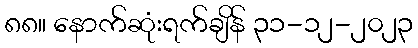
၈၈။ နောက်ဆုံးရက်ချိန် ၃၁-၁၂-၂၀၂၃